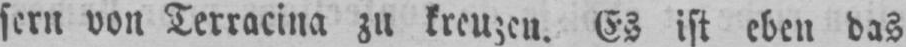
sern von Terracina zu kreuzen. Es ist eben das